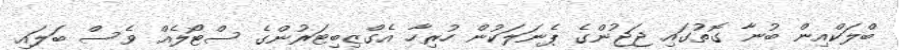
ބްލަކްއިން ބުނާ ގޮތުގައި ޖަޖުންގެ ޕެނަލަކުން ހުރިހާ އެގްޒިބިޓަރުންގެ ސްޓޯލެއް ވެސް ބަލައި